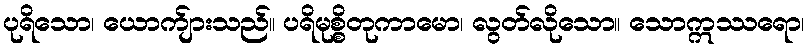
ပုရိသော၊ ယောက်ျားသည်။ ပရိမုစ္စိတုကာမော၊ လွတ်လိုသော။ သောဣဿရော၊